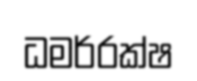
ධමර්රක්ෂ